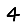
Digit: 4